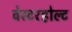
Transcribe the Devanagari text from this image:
वेस्टरहोल्ट